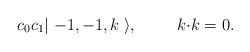
LaTeX: \begin{align*}c_0 c_1 |\; {-}1,{-}1 , k \;\rangle , \hspace{1cm} k{\cdot}k = 0 .\end{align*}